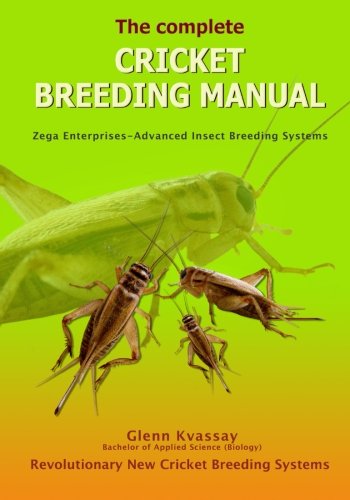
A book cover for The Complete Cricket Breeding Manual: Revolutionary New Cricket Breeding Systems; Mr Glenn Kvassay; Crafts, Hobbies & Home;